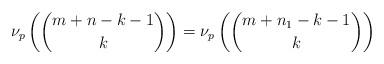
LaTeX: \begin{align*}\nu_p \left( \binom{m+n-k-1}{k} \right)=\nu_p \left( \binom{m+n_1-k-1}{k} \right)\end{align*}